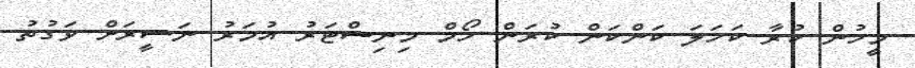
މީހުން ކުރާ ކަހަލަ ކަންކަން ކުރަން ހޯމް މިނިސްޓަރު އުމަރު ނަސީރަށް ވަގުތު